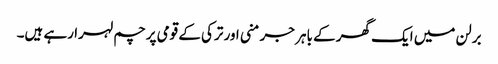
برلن میں ایک گھر کے باہر جرمنی اور ترکی کے قومی پرچم لہرا رہے ہیں۔